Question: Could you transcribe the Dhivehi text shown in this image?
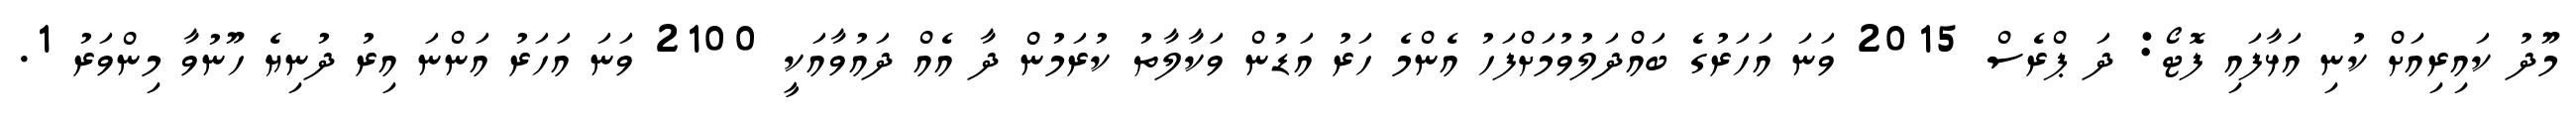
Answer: މޫދު ކައިރިއަށް ކުނި އަޅާފައި ފޮޓޯ: ދަ ޕްރެސް 2015 ވަނަ އަހަރުގެ ބައްދަލުވުމަށްފަހު އެންމެ ހަރު އަޑުން ވަކާލާތު ކުރަމުން ދާ އެއް ދައުވާއަކީ 2100 ވަނަ އަހަރު އަންނަ އިރު ދުނިޔެ ހޫނުވާ މިންވަރު 1.